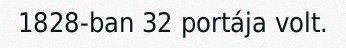
1828-ban 32 portája volt.